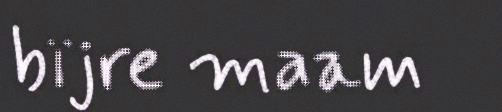
bïjre maam